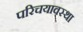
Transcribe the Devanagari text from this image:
परिचयावस्था